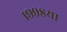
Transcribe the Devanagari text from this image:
१९९८या